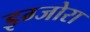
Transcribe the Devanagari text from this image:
इग्जोरा